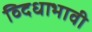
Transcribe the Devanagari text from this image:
व्दिधाभावी